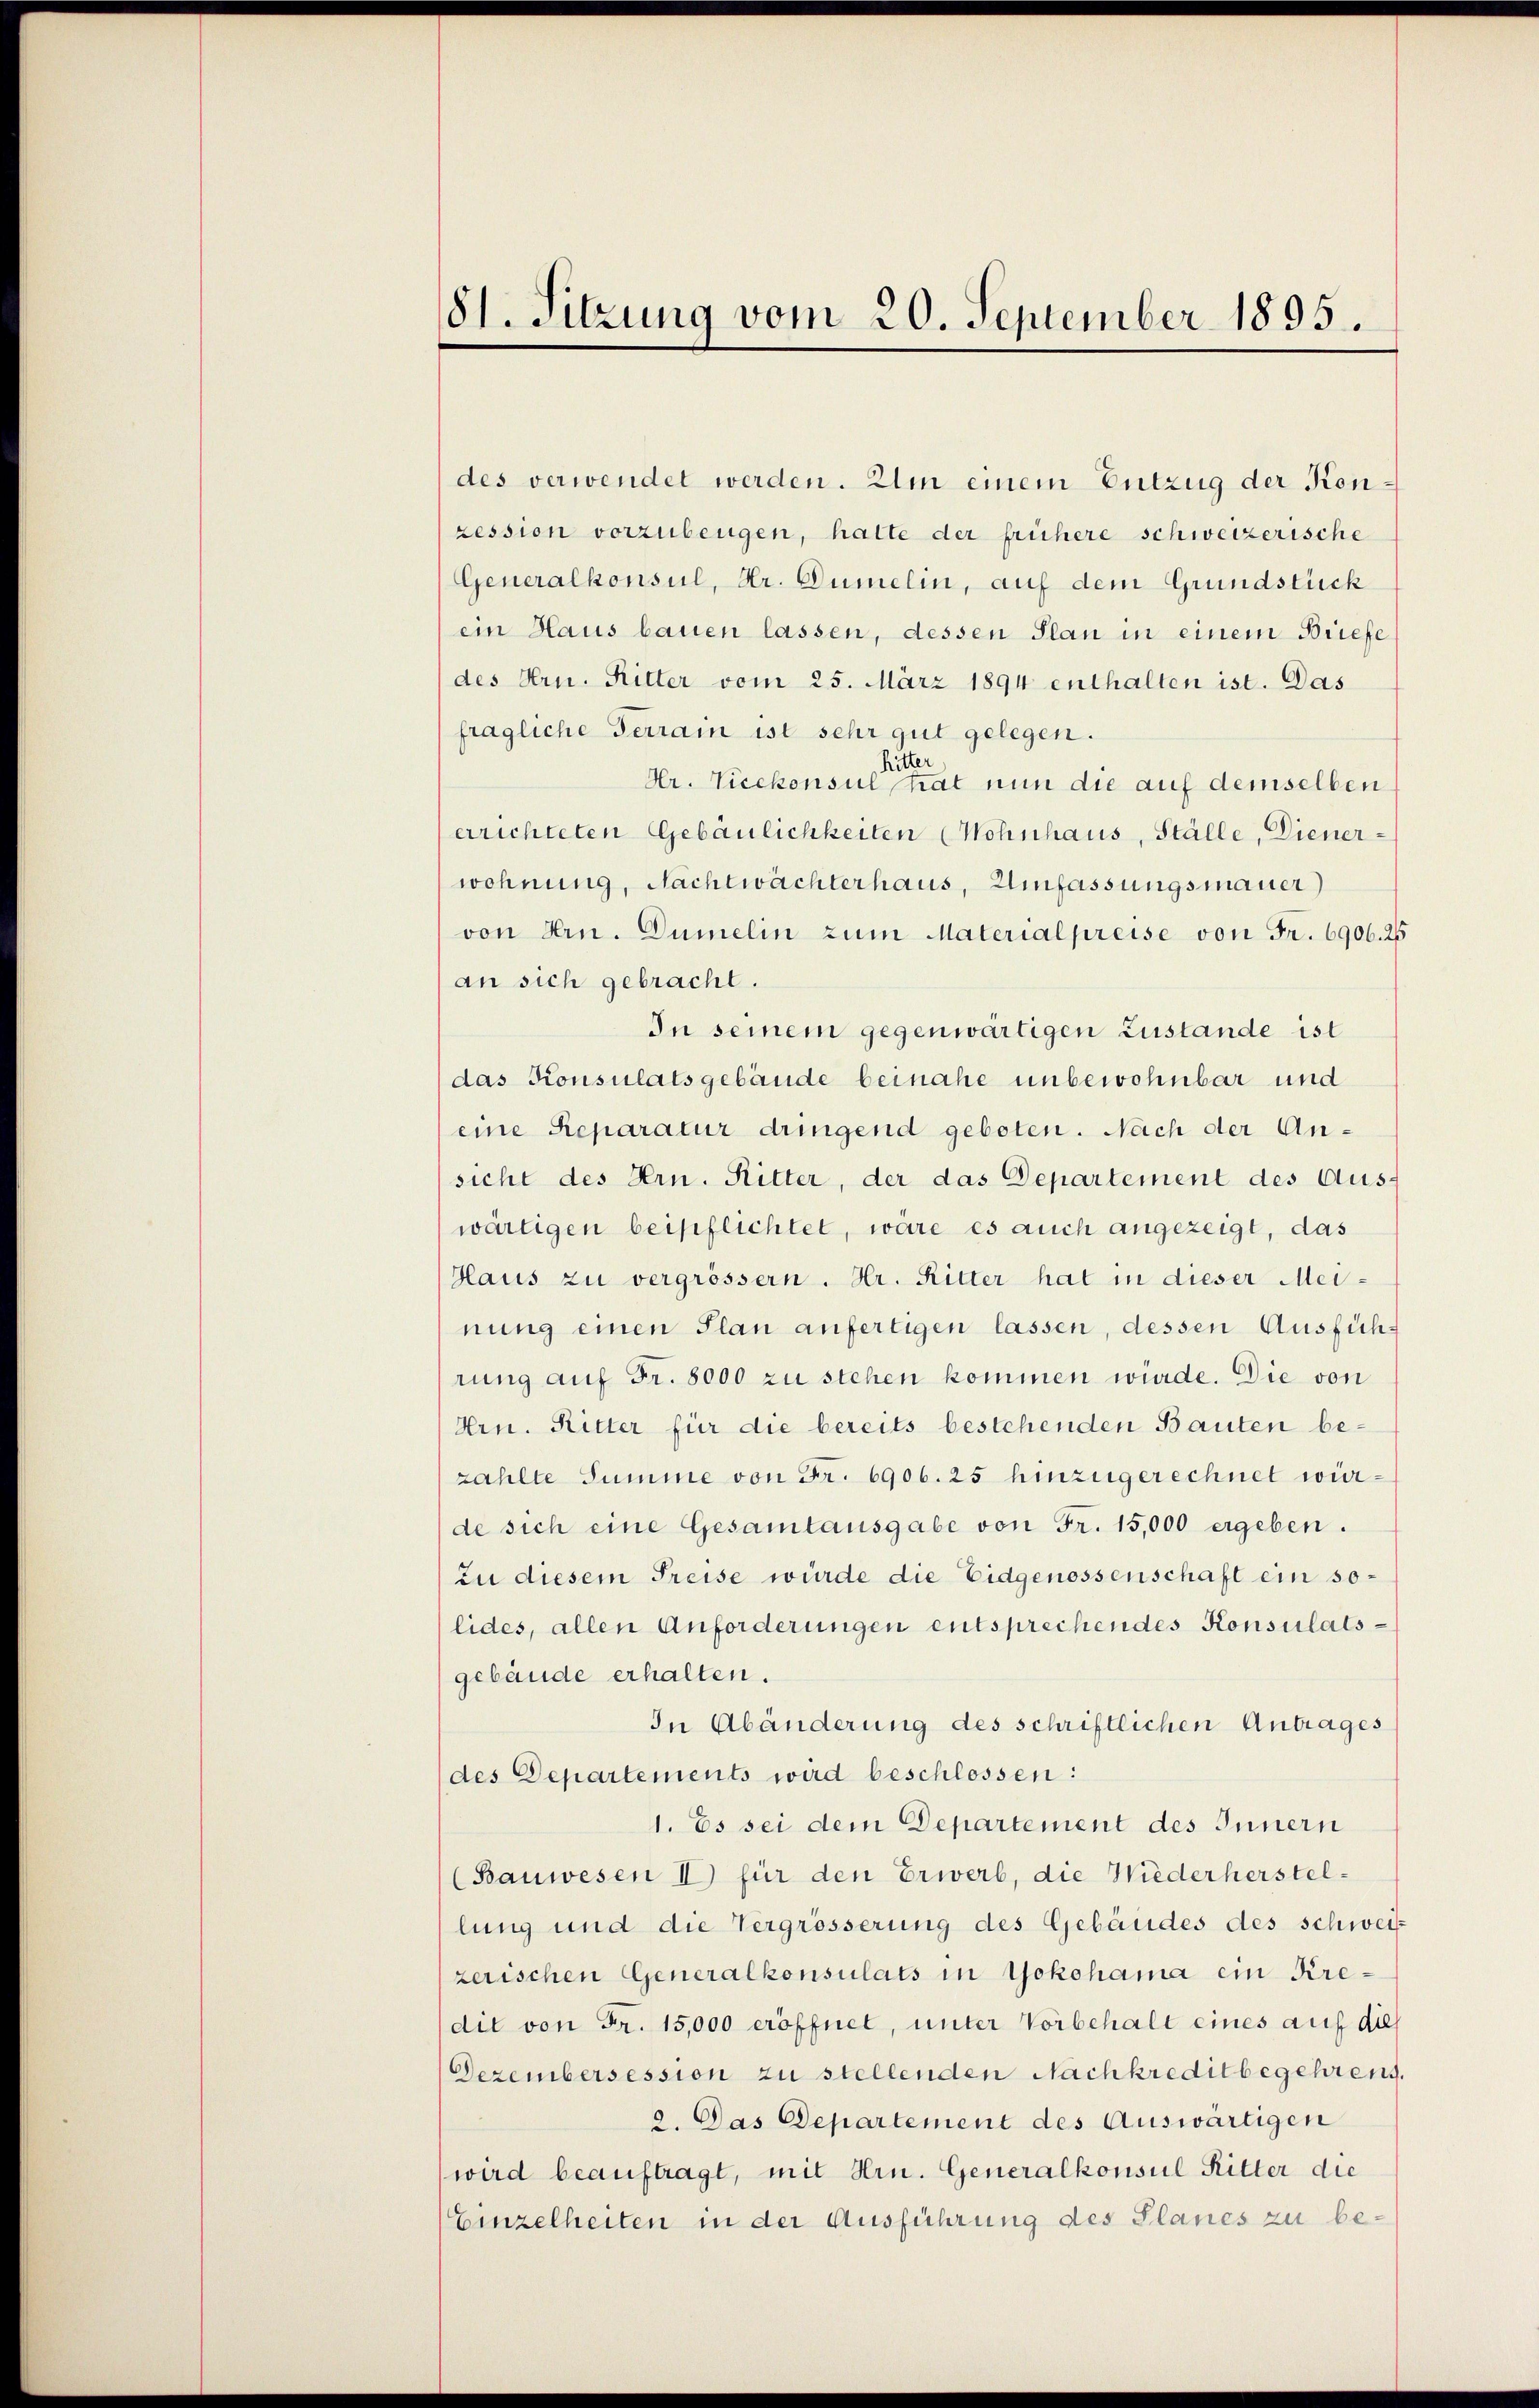
81. Sitzung vom 20. September 1895.

des verwendet werden. Um einem Entzug der Kon
ression vorzubeugen, hatte der frühere schweizerische
Generalkonsul, Hr. Dümelin, auf dem Grundstück
ein Haus bauen lassen, dessen Plan in einem Briefe
des Hrn. Ritter vom 25. März 1894 enthalten ist. Das
fragliche Ferrain ist sehr gut gelegen.
Hr. Vicekonsul in eine hat nun die auf demselben
errichteten Gebäulichkeiten Wohnhaus, Ställe, Dienerwohnung, Nachtwächterhaus, Umfassungsmauer)
von Hrn. Dümelin zum Materialpreise von Fr. 6906. 25
an sich gebracht.
In seinem gegenwärtigen Zustande ist
das Konsulatsgebäude beinahe unbewohnbar und
(eine Reparatur dringend geboten. Nach der Ansicht des Hrn. Ritter, der das Departement des Aus-
wärtigen beipflichtet, wäre es auch angezeigt, das
Haus zu vergrössern. Hr. Ritter hat in dieser Meinung einen Plan anfertigen lassen, dessen Ausführung auf Fr. 8000 zu stehen kommen würde. Die von
Hrn. Ritter für die bereits bestehenden Bauten bezahlte Summe von Fr. 6906. 25 hinzugerechnet würde sich eine Gesamtausgabe von Fr. 15,000 ergeben.
zu diesem Preise wurde die Eidgenossenschaft ein solides, allen Anforderungen entsprechendes Konsulatsgebäude erhalten.
In Abänderung des schriftlichen Antrages
des Departements wird beschlossen:
1. Es sei dem Departement des Innern
(Bauwesen I) für den Erwerb, die Wiederherstel-
lung und die Vergrösserung des Gebäudes des schwei-
zerischen Generalkonsulats in Yokohama ein Kredit von Fr. 15,000 eröffnet, unter Vorbehalt eines auf dies
Dezembersession zu stellenden Nachkreditbegehrens.
2. Das Departement des Auswärtigen
wird beauftragt, mit Hrn. Generalkonsul Ritter die
Einzelheiten in der Ausführung des Planes zu be¬